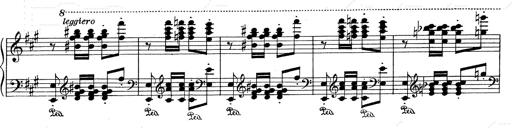
Title: Mephisto Waltz No.1
Composer: Franz Liszt